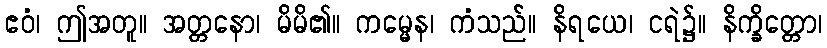
ဧဝံ၊ ဤအတူ။ အတ္တနော၊ မိမိ၏။ ကမ္မေန၊ ကံသည်။ နိရယေ၊ ငရဲ၌။ နိက္ခိတ္တော၊